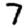
Digit: 7